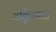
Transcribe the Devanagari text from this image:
यक्षियम्मा